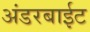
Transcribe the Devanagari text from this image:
अंडरबाईट